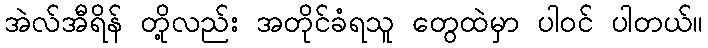
အဲလ်အီရိန် တို့လည်း အတိုင်ခံရသူ တွေထဲမှာ ပါဝင် ပါတယ်။